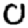
Digit: 0